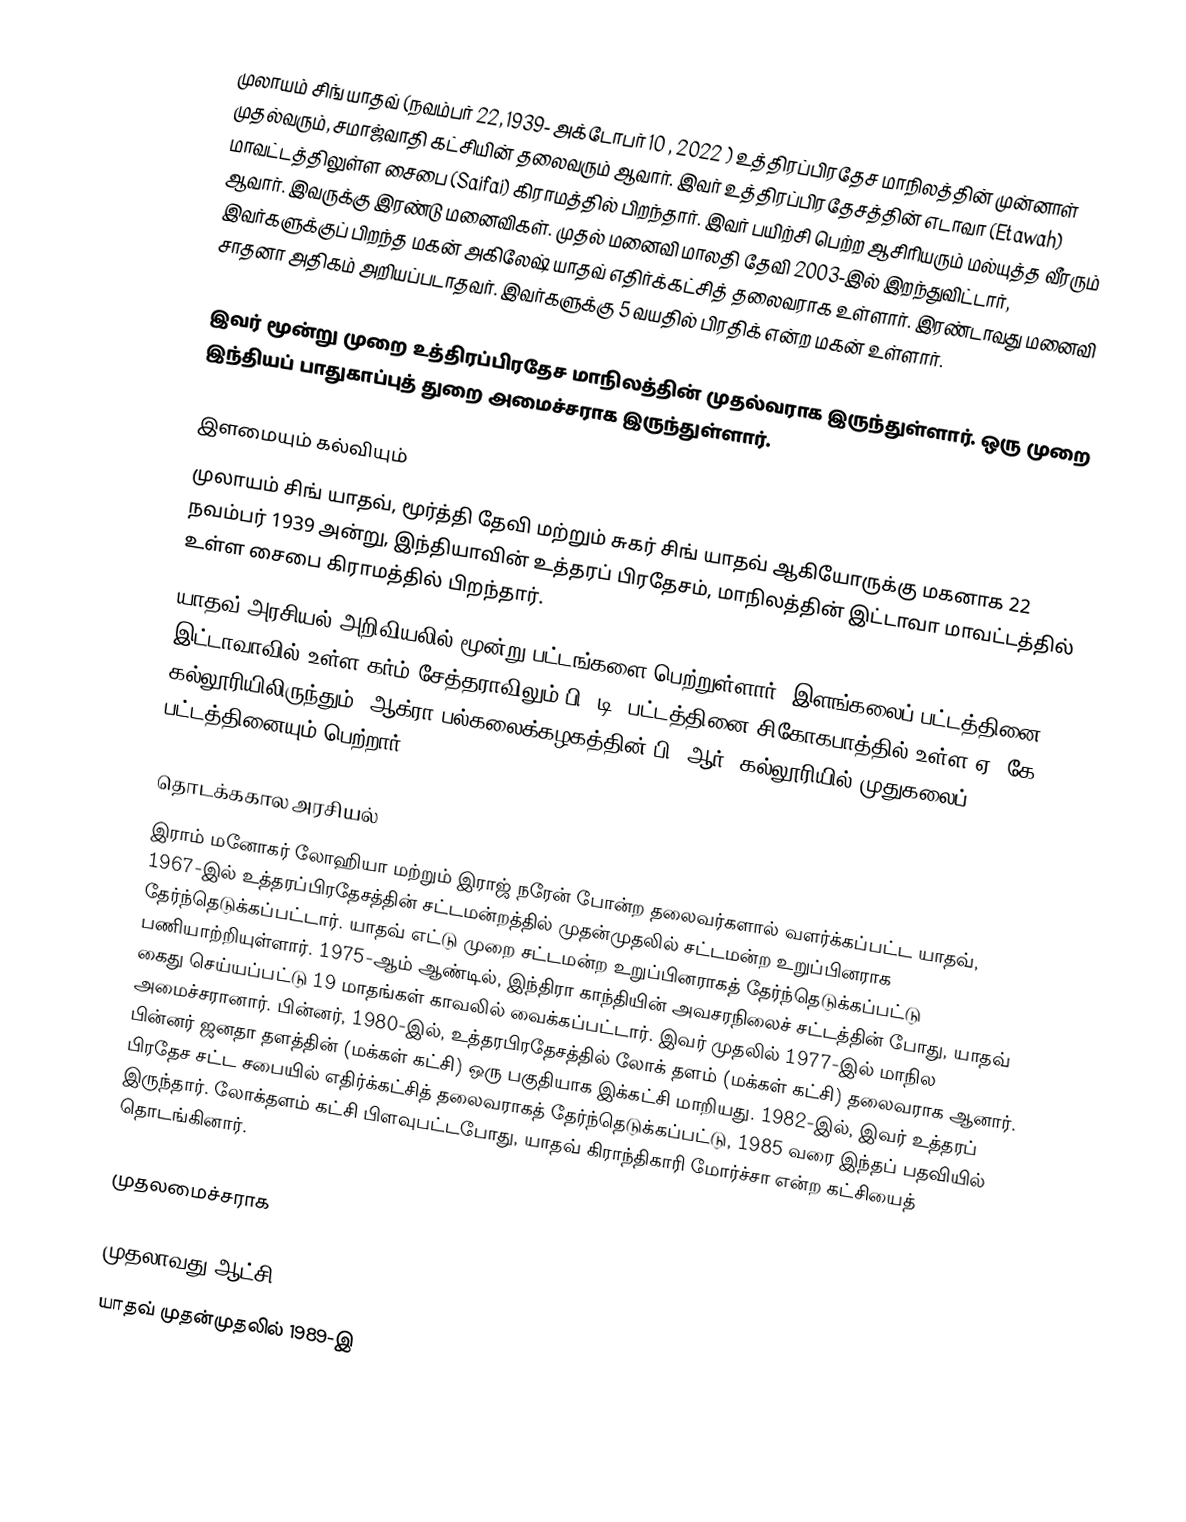
முலாயம் சிங் யாதவ் (நவம்பர் 22, 1939- அக்டோபர் 10 , 2022 ) உத்திரப்பிரதேச மாநிலத்தின் முன்னாள் முதல்வரும், சமாஜ்வாதி கட்சியின் தலைவரும் ஆவார். இவர் உத்திரப்பிரதேசத்தின் எடாவா (Etawah) மாவட்டத்திலுள்ள சைபை (Saifai) கிராமத்தில் பிறந்தார். இவர் பயிற்சி பெற்ற ஆசிரியரும் மல்யுத்த வீரரும் ஆவார். இவருக்கு இரண்டு மனைவிகள். முதல் மனைவி மாலதி தேவி 2003-இல் இறந்துவிட்டார், இவர்களுக்குப் பிறந்த மகன் அகிலேஷ் யாதவ் எதிர்க்கட்சித் தலைவராக  உள்ளார். இரண்டாவது மனைவி சாதனா அதிகம் அறியப்படாதவர். இவர்களுக்கு 5 வயதில் பிரதிக் என்ற மகன் உள்ளார்.

இவர் மூன்று முறை உத்திரப்பிரதேச மாநிலத்தின் முதல்வராக இருந்துள்ளார். ஒரு முறை இந்தியப் பாதுகாப்புத் துறை அமைச்சராக இருந்துள்ளார்.

இளமையும் கல்வியும்
முலாயம் சிங் யாதவ், மூர்த்தி தேவி மற்றும் சுகர் சிங் யாதவ் ஆகியோருக்கு மகனாக 22 நவம்பர் 1939 அன்று, இந்தியாவின் உத்தரப் பிரதேசம், மாநிலத்தின் இட்டாவா மாவட்டத்தில் உள்ள சைபை கிராமத்தில் பிறந்தார்.
யாதவ் அரசியல் அறிவியலில் மூன்று பட்டங்களை பெற்றுள்ளார். இளங்கலைப் பட்டத்தினை இட்டாவாவில் உள்ள கர்ம் சேத்தராவிலும் பி. டி. பட்டத்தினை சிகோகபாத்தில் உள்ள ஏ. கே. கல்லூரியிலிருந்தும், ஆக்ரா பல்கலைக்கழகத்தின் பி. ஆர். கல்லூரியில் முதுகலைப் பட்டத்தினையும் பெற்றார்.

தொடக்ககால அரசியல்
இராம் மனோகர் லோஹியா மற்றும் இராஜ் நரேன் போன்ற தலைவர்களால் வளர்க்கப்பட்ட யாதவ், 1967-இல் உத்தரப்பிரதேசத்தின் சட்டமன்றத்தில் முதன்முதலில் சட்டமன்ற உறுப்பினராக தேர்ந்தெடுக்கப்பட்டார். யாதவ் எட்டு முறை சட்டமன்ற உறுப்பினராகத் தேர்ந்தெடுக்கப்பட்டு பணியாற்றியுள்ளார். 1975-ஆம் ஆண்டில், இந்திரா காந்தியின் அவசரநிலைச் சட்டத்தின் போது, யாதவ் கைது செய்யப்பட்டு 19 மாதங்கள் காவலில் வைக்கப்பட்டார். இவர் முதலில் 1977-இல் மாநில அமைச்சரானார். பின்னர், 1980-இல், உத்தரபிரதேசத்தில் லோக் தளம் (மக்கள் கட்சி) தலைவராக ஆனார். பின்னர் ஜனதா தளத்தின் (மக்கள் கட்சி) ஒரு பகுதியாக இக்கட்சி மாறியது. 1982-இல், இவர் உத்தரப் பிரதேச சட்ட சபையில் எதிர்க்கட்சித் தலைவராகத் தேர்ந்தெடுக்கப்பட்டு, 1985 வரை இந்தப் பதவியில் இருந்தார். லோக்தளம் கட்சி பிளவுபட்டபோது, யாதவ் கிராந்திகாரி மோர்ச்சா என்ற கட்சியைத் தொடங்கினார்.

முதலமைச்சராக

முதலாவது ஆட்சி
யாதவ் முதன்முதலில் 1989-இ